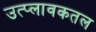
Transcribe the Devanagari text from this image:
उत्प्लावकतल